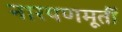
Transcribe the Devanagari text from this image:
नारयणमूर्ती